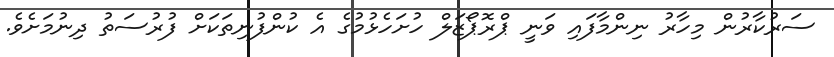
ސަރުކާރުން މިހާރު ނިންމާފައި ވަނީ ޕްރޮޕޯޒަލް ހުށަހެޅުމުގެ އެ ކުންފުނިތަކަށް ފުރުސަތު ދިނުމަށެވެ.